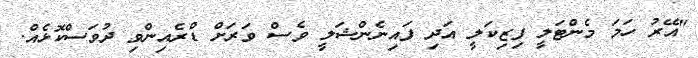
"އޭރު ހަމަ މެންޓަލީ ފިޒިކަލީ އަދި ފައިނެންޝަލީ ވެސް ވަރަށް ޑްރެއިންވި ދުވަސްކޮޅެއް.